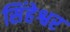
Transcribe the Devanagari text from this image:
सिंहेश्वर